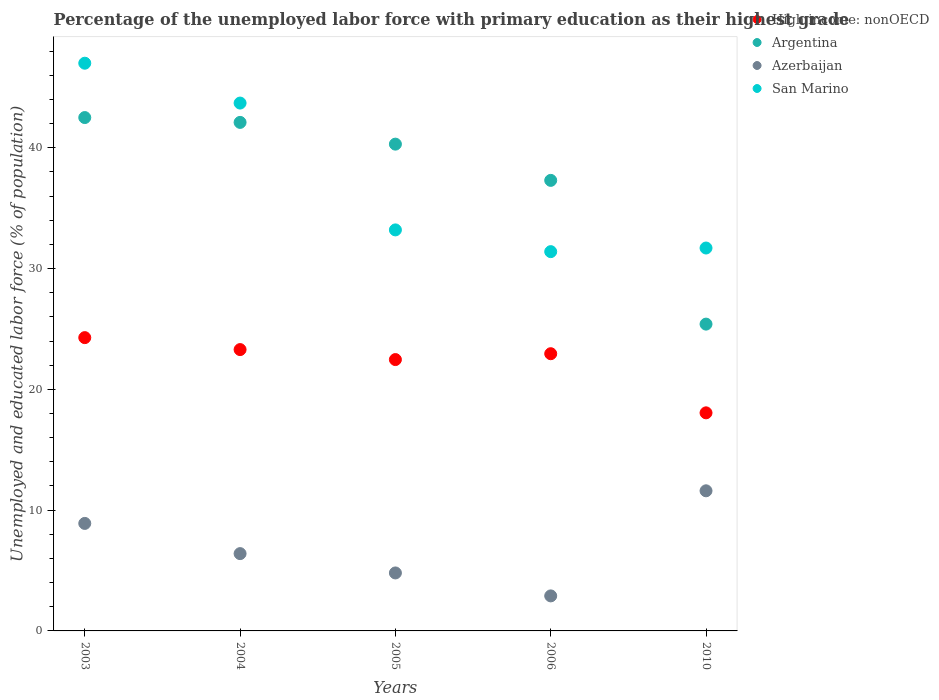
| Years | High income: nonOECD | Argentina | Azerbaijan | San Marino |
 | --- | --- | --- | --- | --- |
 | 2003 | 24.3 | 42.5 | 8.9 | 47 |
 | 2004 | 23.3 | 42.1 | 6.4 | 43.7 |
 | 2005 | 22.5 | 40.3 | 4.8 | 33.2 |
 | 2006 | 22.9 | 37.3 | 2.9 | 31.4 |
 | 2010 | 18.1 | 25.4 | 11.6 | 31.7 |